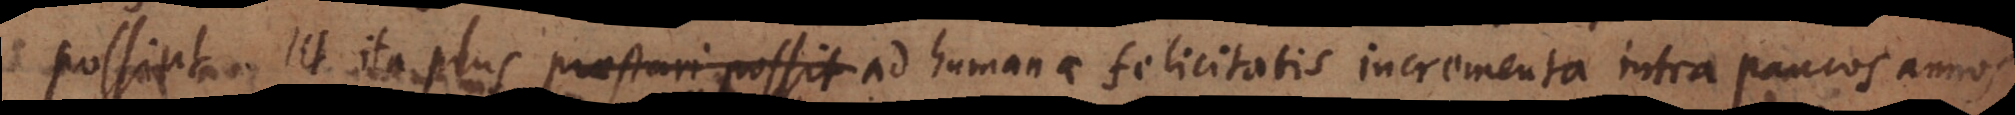
possint ut ita plus praestari possit ad humanae felicitatis incrementa intra paucos annos